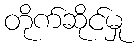
တိုက်ဆိုင်မှု